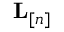
{ \bf L } _ { [ n ] }